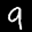
Label: 9